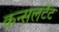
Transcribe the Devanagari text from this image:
कन्सलटेंट